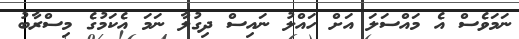
ނަމަވެސް އެ މައްސަލަ އަށް ހައްލު ނައިސް ދިިގުލާ ނަމަ އެކަމުގެ މިސްރާބު